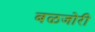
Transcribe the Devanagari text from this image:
बळजोरी